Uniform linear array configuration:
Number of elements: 32
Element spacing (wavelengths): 0.25
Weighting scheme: kaiser
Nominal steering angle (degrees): -60
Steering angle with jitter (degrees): -58.512
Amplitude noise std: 0.05
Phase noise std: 0.05

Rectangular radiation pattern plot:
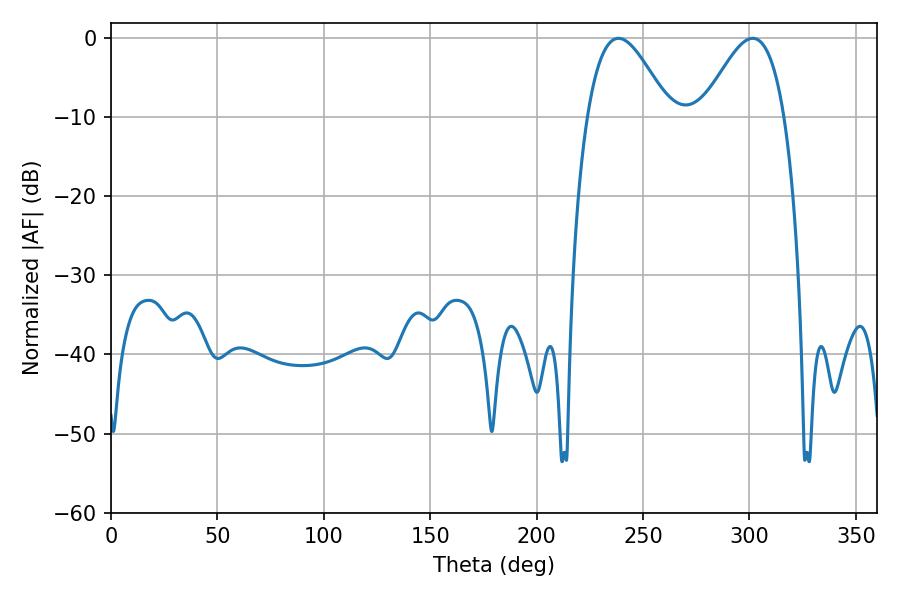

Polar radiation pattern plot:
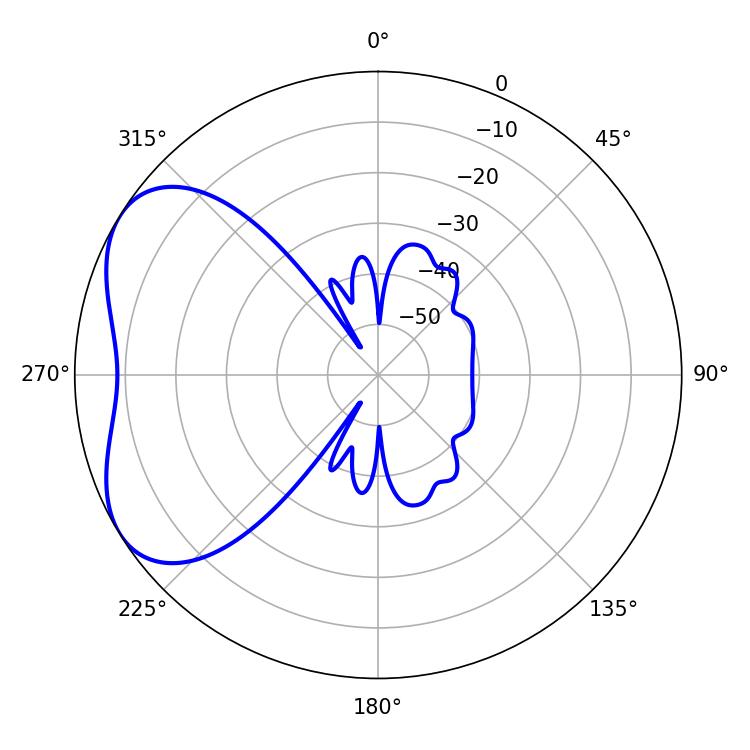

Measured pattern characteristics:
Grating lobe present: FALSE
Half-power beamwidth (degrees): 20.7
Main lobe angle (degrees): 301.5